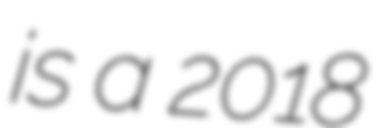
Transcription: is a 2018